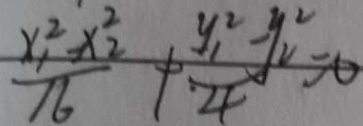
\frac { x _ { 1 } ^ { 2 } - x _ { 2 } ^ { 2 } } { 1 6 } + \frac { y _ { 1 } ^ { 2 } - y _ { 2 } ^ { 2 } } { 4 } = 0